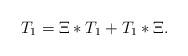
LaTeX: \begin{align*}T_{1}=\Xi\ast T_{1}+T_{1}\ast\Xi. \end{align*}